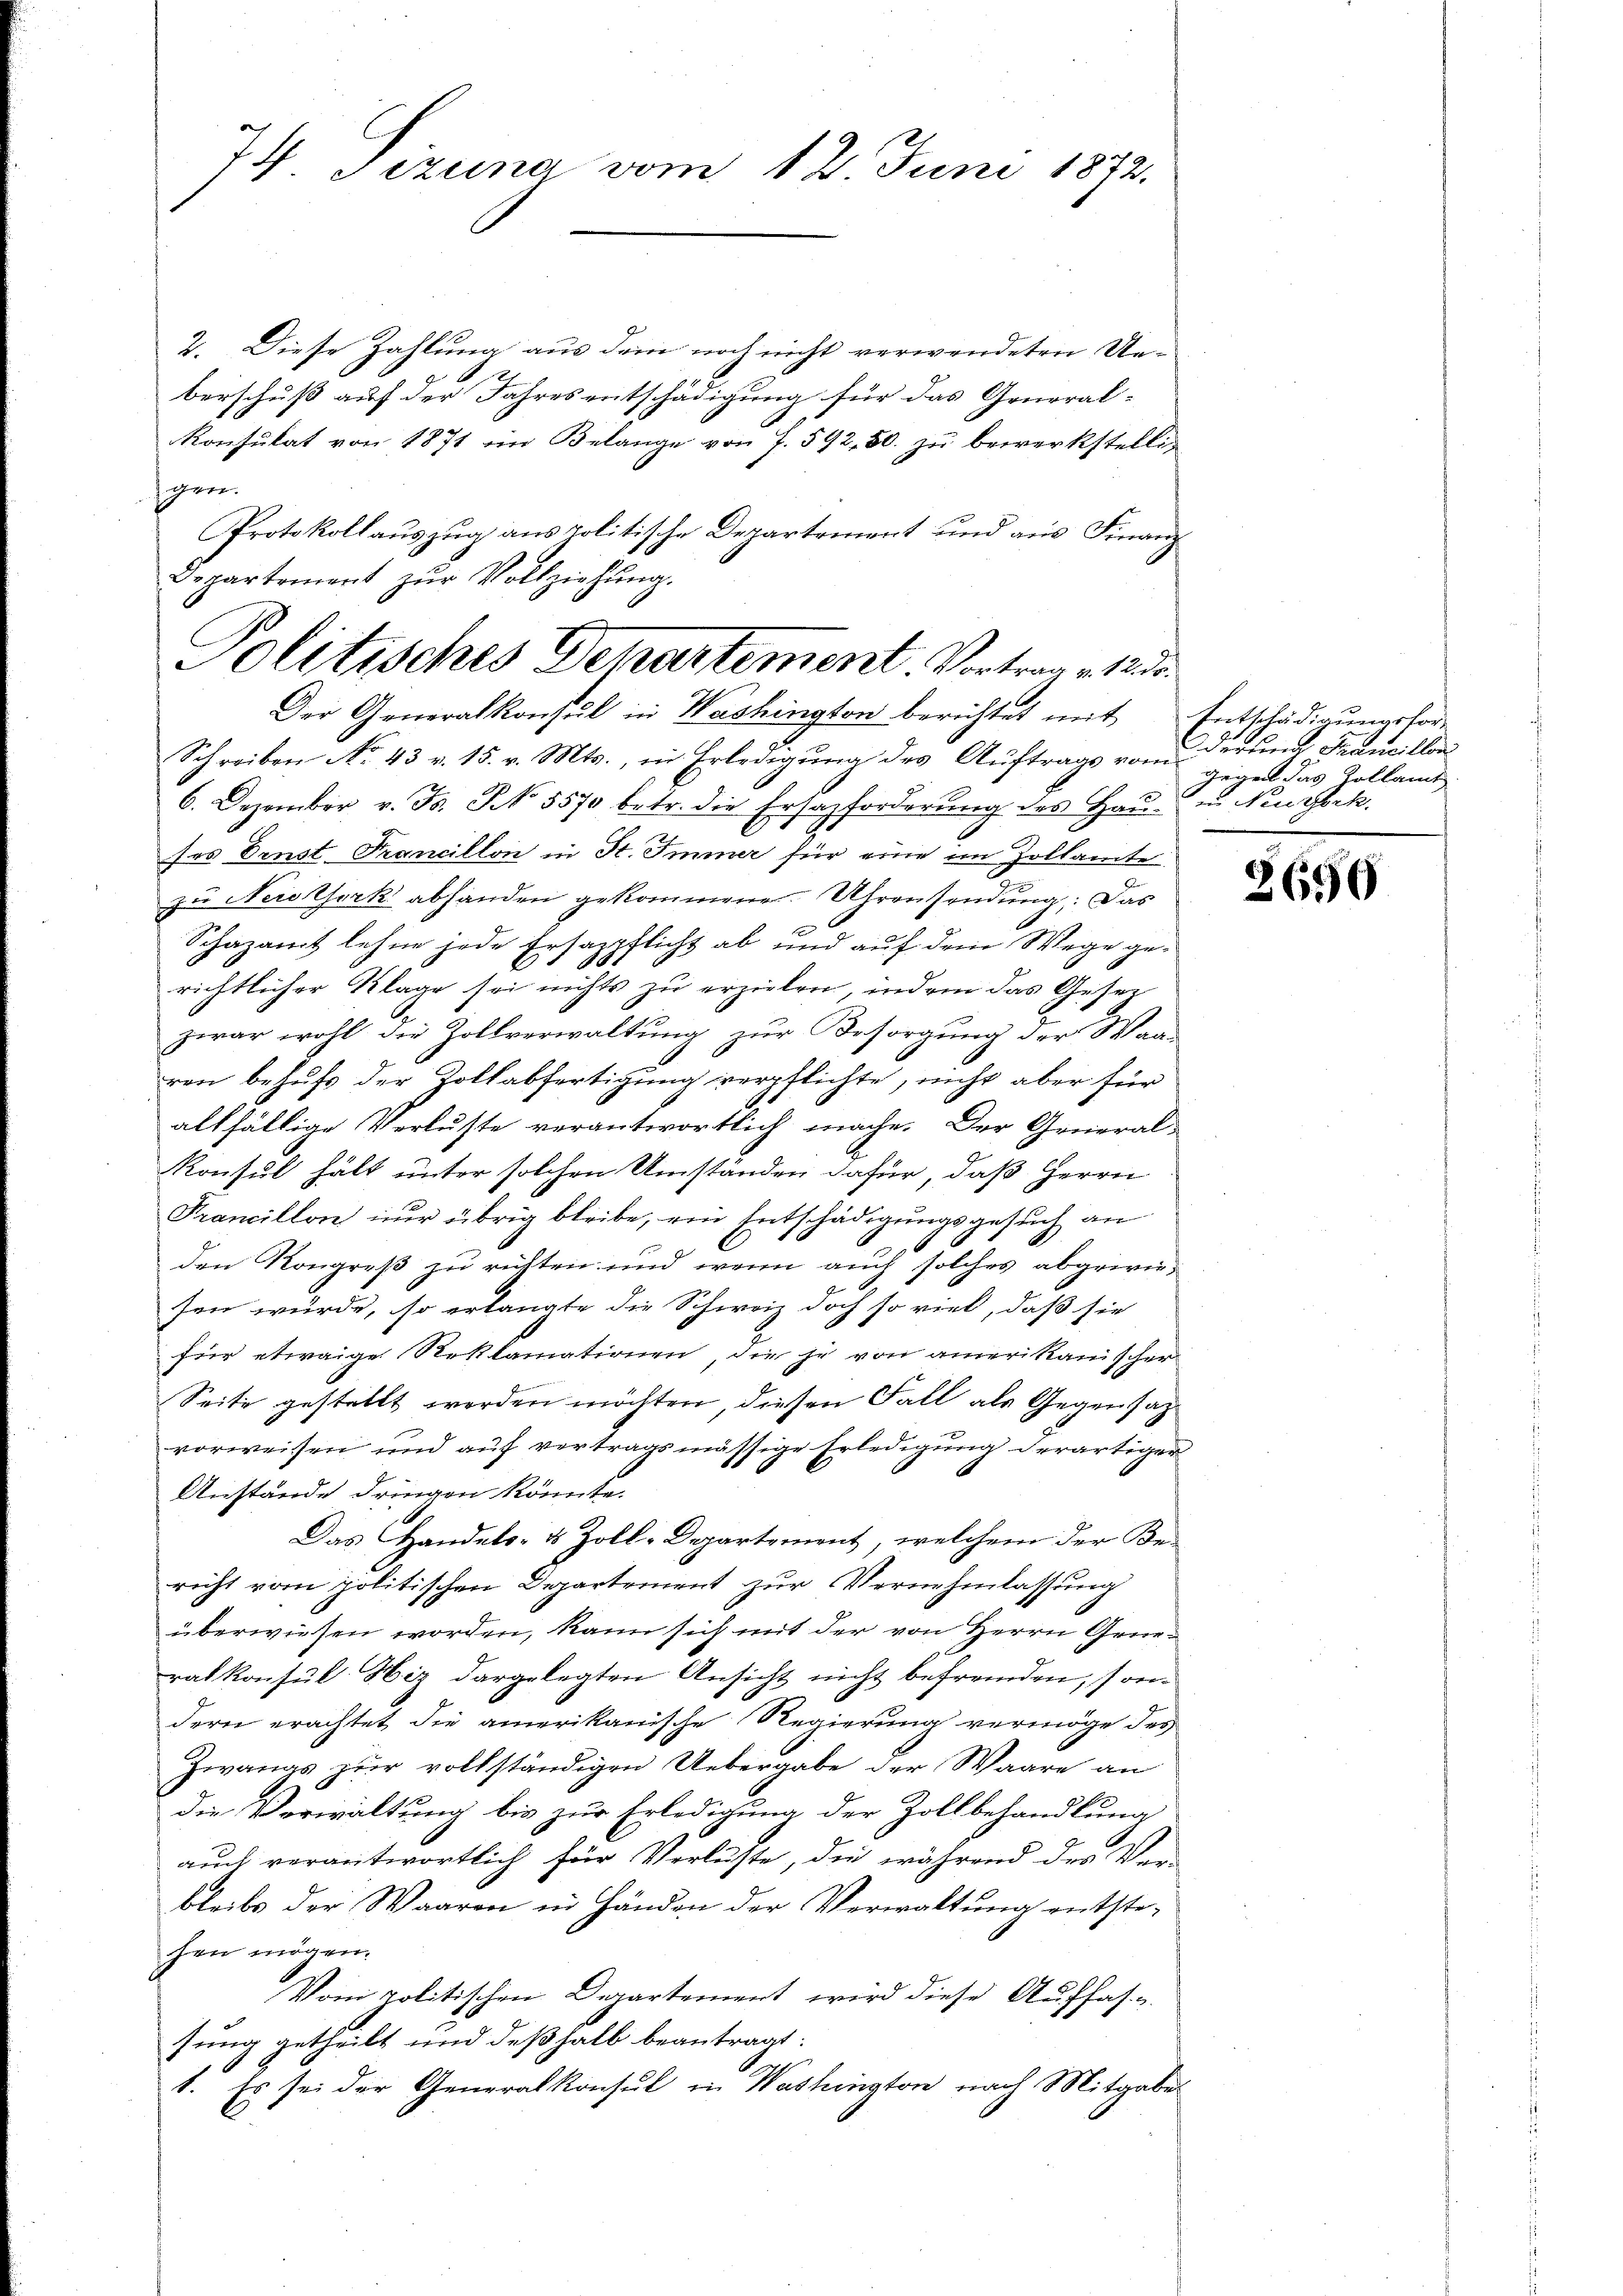
74. Sizung vom 12. Juni 1872.

2. Diese Zahlung aus dem noch nicht verwendeten Ur-
e
berschuß auf der Jahresentschädigung für das General-
konsulat von 1871 im Belange von f. 592, 50. zu bewerkstelliscere.
Protokollauszug aus politische Departement und aus Finanz
Der Generalkonsul in Washington berichtet mit Entschädigungsfor¬
Schreiben No. 43 v. 15. v. Mts., in Erledigung des Auftrags vom derung Francillon
6. Dezember v. Js. No. 5570 betr. die Ersatzforderŭng des Haŭ- und Neuhock.
des Ernst Krancillon in St. Immer für eine im Zollamte
zu Neidthork abhanden gekommene Uhrensendung: Das
t
Schazamt lehne jede Ersazpflicht ab und auf dem Wege gerichtlicher Klage sei nichts zu erzielen, indem das Gesez
zwar wohl die Zollverwaltung zur Besorgung der Wan-
ven behufs der Zollabfertigung verpflichte, nicht aber für
altfällige Verluste verantwortlich mache. Der General-
Konsul hält unter solchen Umständen dafür, daß Herrn
Francillon nur übrig bleibe, ein Entschädigungsgesuch an
den Kongreß zu richten und wenn auch solches abgewiesen würde, so erlangte die Schweiz doch so viel, daß sie
für etwaige Reklamationen, die je von amerikanischer
Seite gestellt worden möchten, diesen Fall als Gegensazvorweisen und auf vertragsmässige Erledigung derartiger
Anstände dringen könnte.
Das Handels- & Zoll-Departement, welchem der Be-
richt vom politischen Departement zur Vernehmlassung
überwiesen worden, kann sich mit der von Herrn Grueralkonsul Hiz dargelegten Ansicht nicht befremden, sondern erachtet die amerikanische Regierung vermöge des
Zwangs zur vollständigen Uebergabe der Waare an
die Verwaltung bis zur Erledigung der Zollbehandlung
auch verantwortlich für Verlüste, die während des Ver-
bleibe der Waaren in Händen der Verwaltung entste-
hen mögen.
Vom politischen Departement wird diese Auffas-
sung getheilt und deßhalb beantragt:
1. Es sei der Generalkonsul in Washington nach Mitgabe

Departement zŭr Vollziehŭng.
Politisches Departement. Vortrag v. 12 de

Gegen das Zollamt

2690